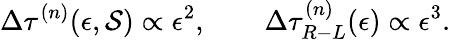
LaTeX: \Delta\tau^{(n)}(\epsilon,\mathcal{S})\propto\epsilon^{2},\qquad\Delta\tau_{R-L}^{(n)}(\epsilon)\propto\epsilon^{3}.